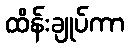
ထိန်းချုပ်ကာ